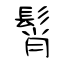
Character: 髾